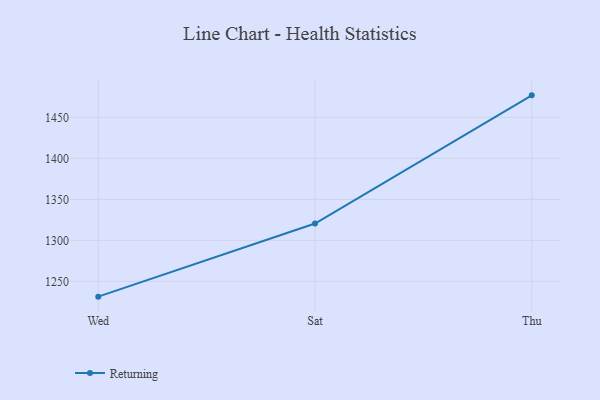
{"axis": {"x": "Day", "y": "Waste Production (Tons)"}, "legend": ["Returning"], "data": [{"x": "Wed", "y": 1231.4, "type": "Returning"}, {"x": "Sat", "y": 1320.5, "type": "Returning"}, {"x": "Thu", "y": 1476.8, "type": "Returning"}]}